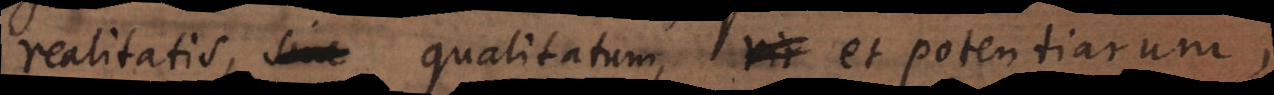
realitatis, qualitatum, et potentiarum,